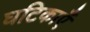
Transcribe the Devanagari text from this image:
घटिकाएँ